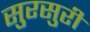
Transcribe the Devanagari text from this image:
सुरसुरी